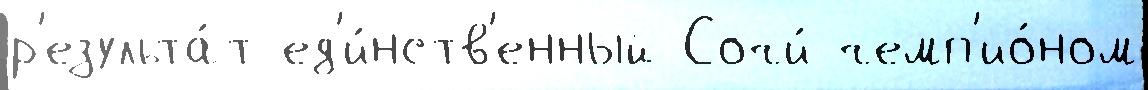
р'езульта́т ед'и́нств'енный Сочи́ чемп'ио́ном